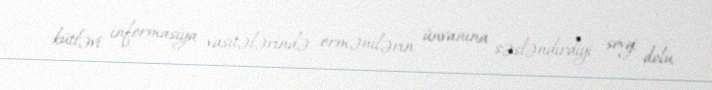
kütləvi informasiya vasitələrində ermənilərin ünvanına səsləndirdiyi sevgi dolu